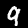
Label: 9